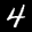
Label: 4